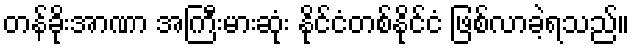
တန်ခိုးအာဏာ အကြီးမားဆုံး နိုင်ငံတစ်နိုင်ငံ ဖြစ်လာခဲ့ရသည်။